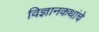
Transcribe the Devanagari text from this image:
विज्ञानकथांचे